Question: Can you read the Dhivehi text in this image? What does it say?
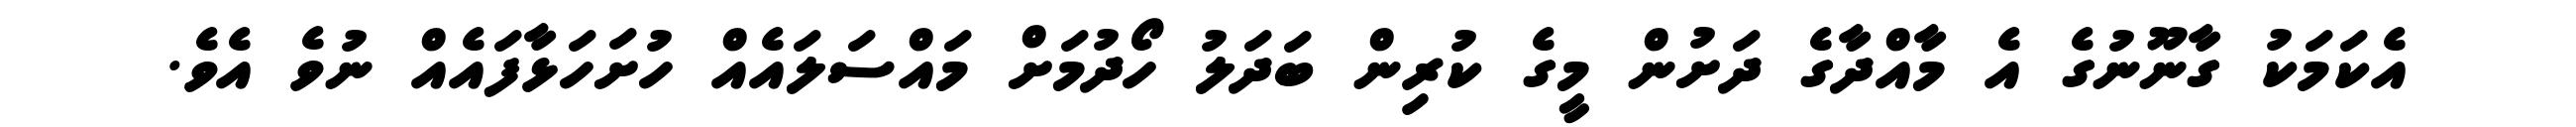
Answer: އެކަމަކު ގާނޫނުގެ އެ މާއްދާގެ ދަށުން މީގެ ކުރިން ބަދަލު ހޯދުމަށް މައްސަލައެއް ހުށަހަޅާފައެއް ނުވެ އެވެ.